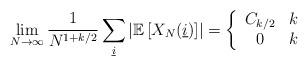
LaTeX: \begin{align*}\lim_{N \to \infty} \frac{1}{N^{1+k/2}} \sum_{\underline{i}} \left| \mathbb{E}\left[X_N(\underline{i})\right]\right| = \left\{ \begin{array}{cc}C_{k/2} & k \\0 & k\end{array}\right. \,\end{align*}